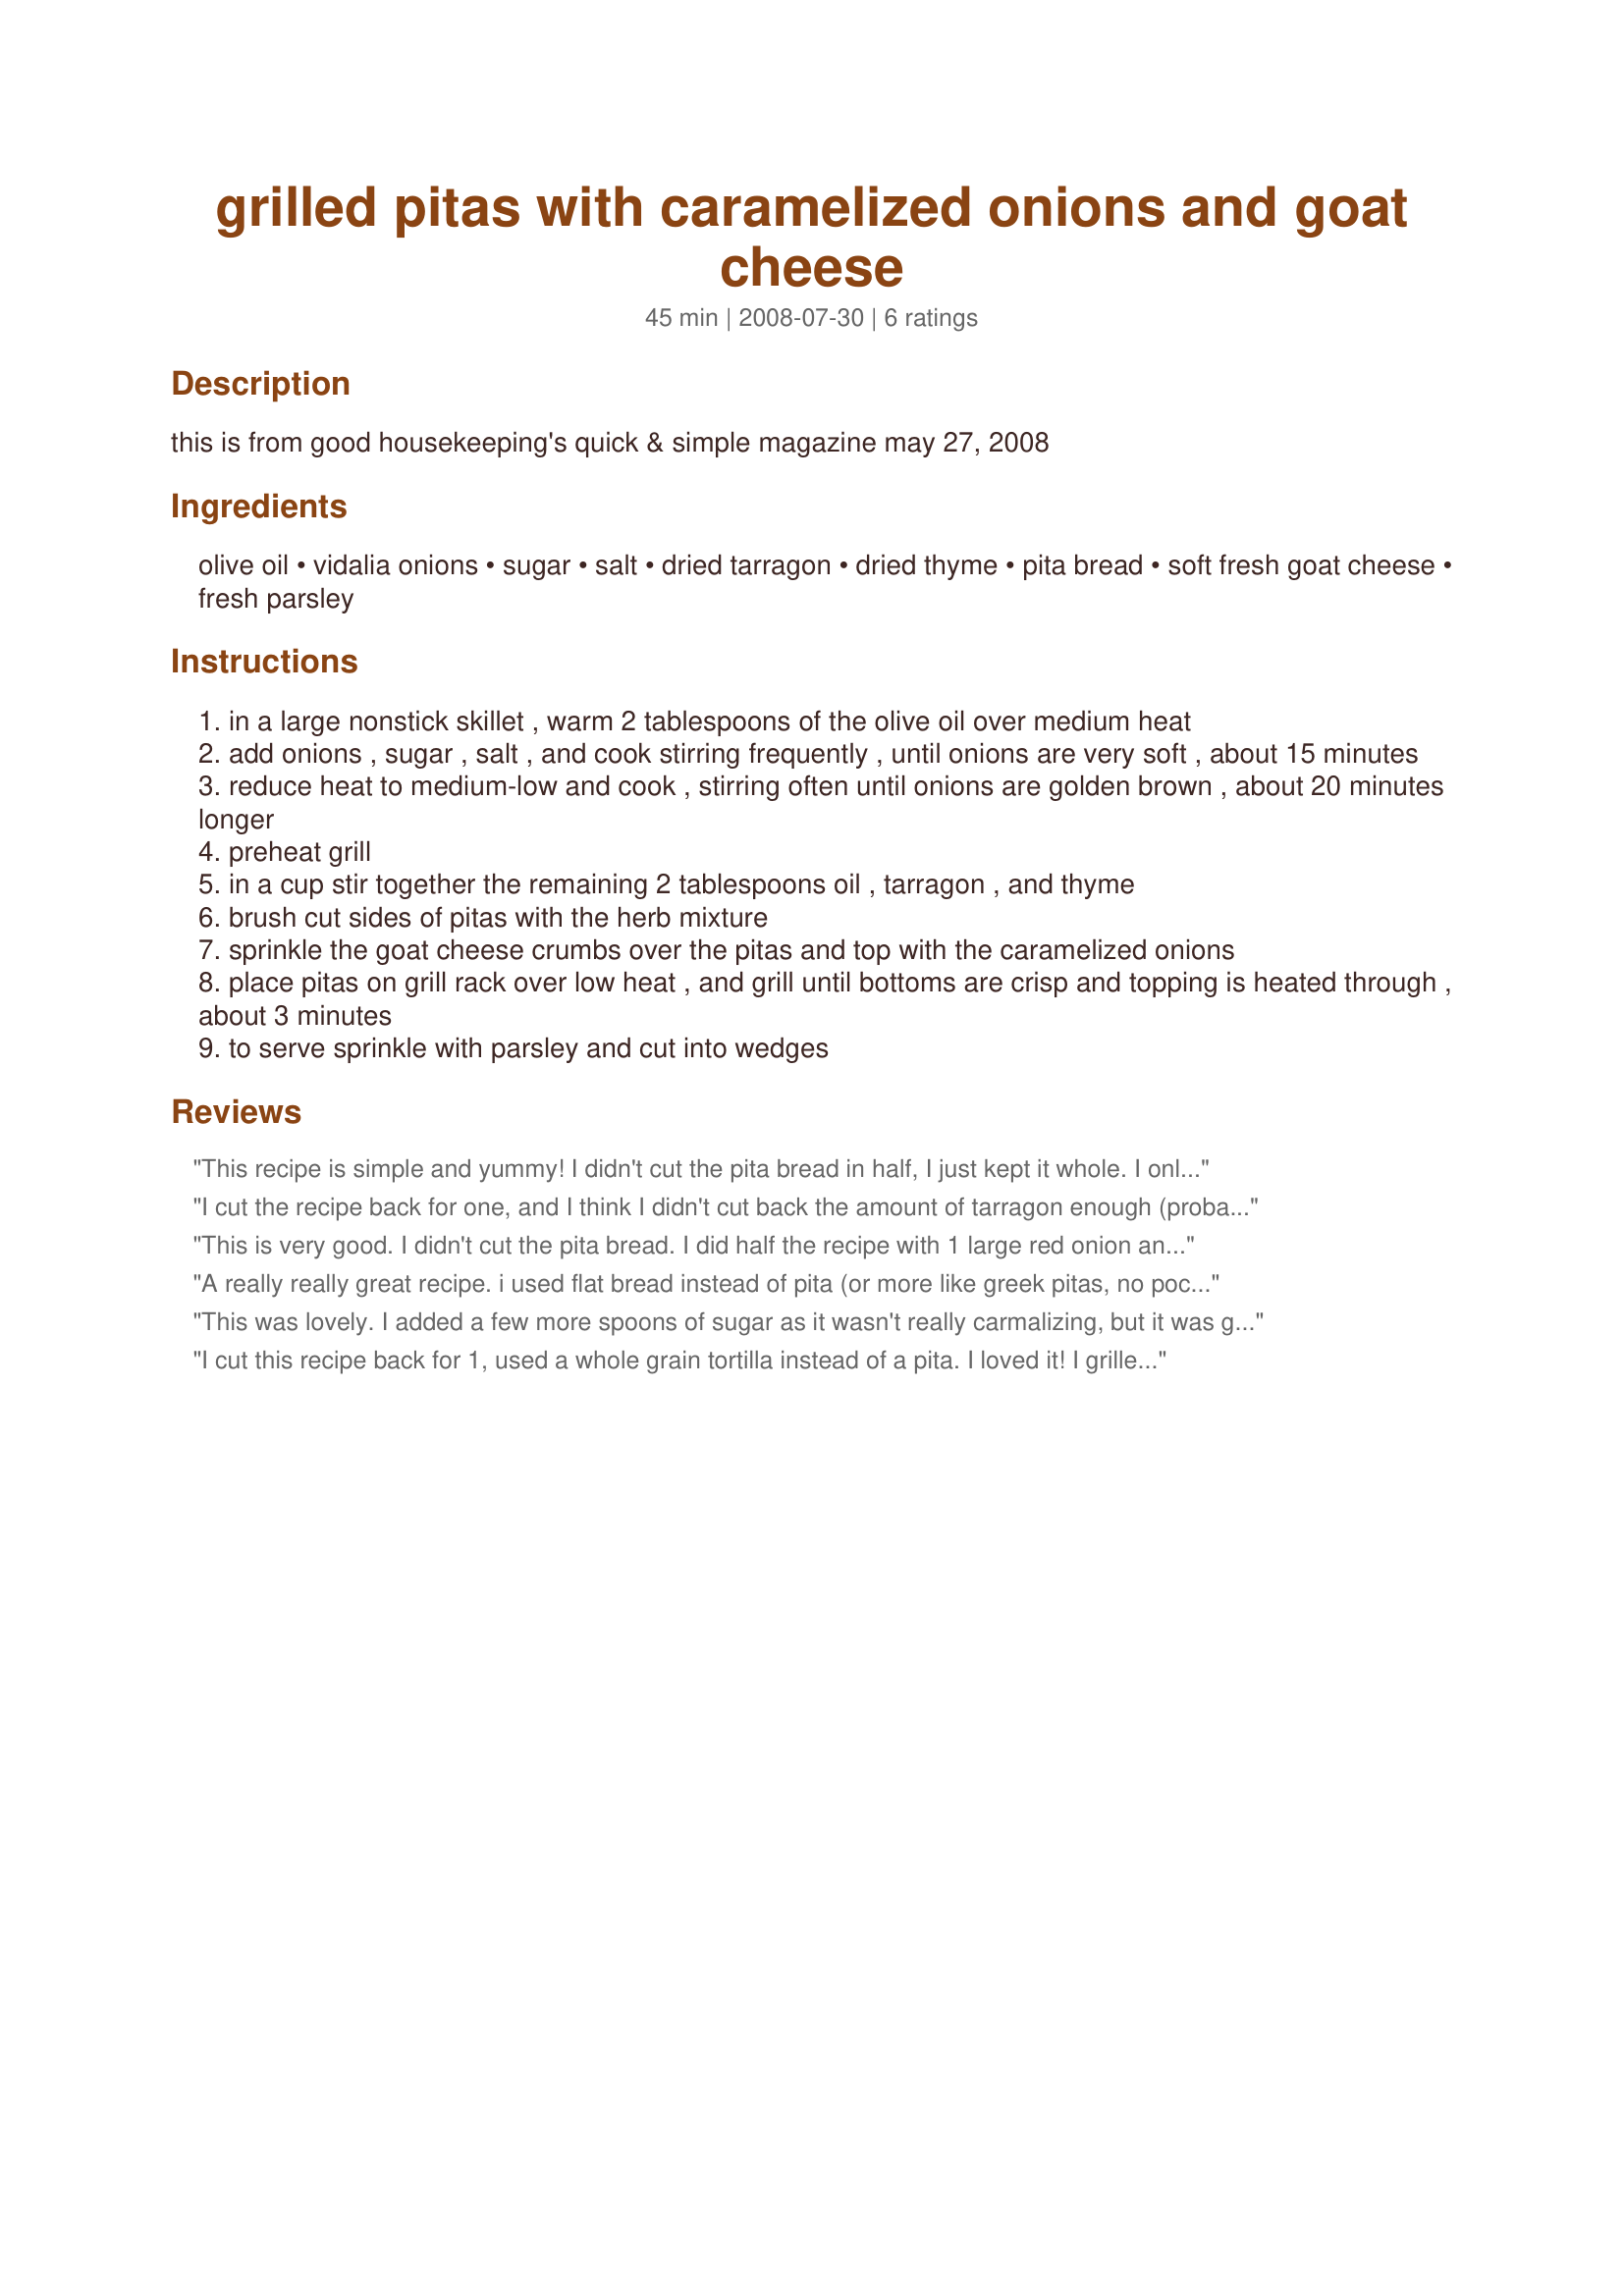
grilled pitas with caramelized onions and goat cheese
Preparation time: 45 minutes

this is from good housekeeping's quick & simple magazine may 27, 2008

Ingredients:
olive oil, vidalia onions, sugar, salt, dried tarragon, dried thyme, pita bread, soft fresh goat cheese, fresh parsley

Steps:
in a large nonstick skillet , warm 2 tablespoons of the olive oil over medium heat
add onions , sugar , salt , and cook stirring frequently , until onions are very soft , about 15 minutes
reduce heat to medium-low and cook , stirring often until onions are golden brown , about 20 minutes longer
preheat grill
in a cup stir together the remaining 2 tablespoons oil , tarragon , and thyme
brush cut sides of pitas with the herb mixture
sprinkle the goat cheese crumbs over the pitas and top with the caramelized onions
place pitas on grill rack over low heat , and grill until bottoms are crisp and topping is heated through , about 3 minutes
to serve sprinkle with parsley and cut into wedges

Reviews:
This recipe is simple and yummy! I didn't cut the pita bread in half, I just kept it whole. I only had 1 onion, so I cooked that up and it was plenty for 3 pitas. I didn't use as much goat cheese as recommended to save calories and saturated fat, but it still turned out great. I didn't have tarragon, so I left that out. I didn't have fresh parsley, so I sprinkled on lots of dried and it was perfect. I don't have a BBQ (live upstairs in an apartment with no balcony), so I used our oven broiler and it was PERFECT. Thanks for sharing, I'll be making this again and again and again :)
I cut the recipe back for one, and I think I didn't cut back the amount of tarragon enough (probably because I love tarragon)! My first bite was questionable, but after that, I couldn't quit eating it. I loved it. Easy recipe to cut back for one. Thanks for posting!
This is very good. I didn't cut the pita bread. I did half the recipe with 1 large red onion and I used the same amount of oil. Thanks Shelby Jo :) Made for PRMR tag game
A really really great recipe. i used flat bread instead of pita (or more like greek pitas, no pocket) and thoroughly enjoyed it.
This was lovely. I added a few more spoons of sugar as it wasn't really carmalizing, but it was good. It was quite a lot for an apetizer though, so I'd probably do it with mini pitas in future. It was a great addition to a finger buffet platter. Thanks for sharing
I cut this recipe back for 1, used a whole grain tortilla instead of a pita. I loved it! I grilled the tortilla in a grill pan on the stove. It came out nice and crispy. Loved the sweetness of the onions with the goat cheese. Thanks! Made for PRMR.
